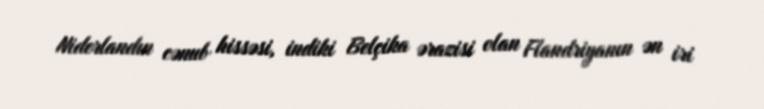
Niderlandın cənub hissəsi, indiki Belçika ərazisi olan Flandriyanın ən iri